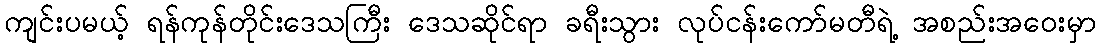
ကျင်းပမယ့် ရန်ကုန်တိုင်းဒေသကြီး ဒေသဆိုင်ရာ ခရီးသွား လုပ်ငန်းကော်မတီရဲ့ အစည်းအဝေးမှာ